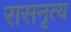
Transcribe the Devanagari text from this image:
रासनृत्य